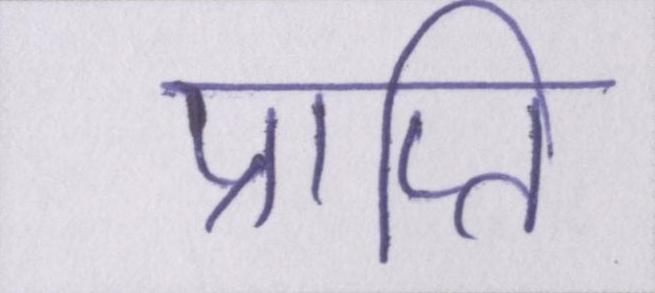
प्राप्ति